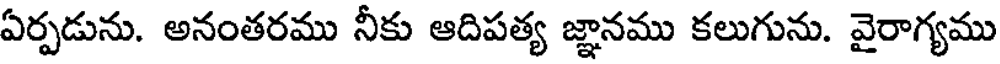
ఏర్పడును. అనంతరము నీకు ఆదిపత్య జ్ఞానము కలుగును. వైరాగ్యము